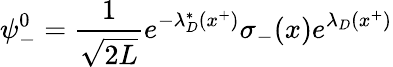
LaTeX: \psi_{-}^{0}={\frac{1}{\sqrt{2L}}}e^{-\lambda_{D}^{*}(x^{+})}\sigma_{-}(x)e^{\lambda_{D}(x^{+})}